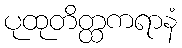
ပုထုတိတ္ထကရာနံ